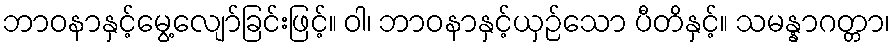
ဘာဝနာနှင့်မွေ့လျော်ခြင်းဖြင့်။ ဝါ၊ ဘာဝနာနှင့်ယှဉ်သော ပီတိနှင့်။ သမန္နာဂတ္တာ၊